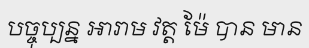
បច្ចុប្បន្ន អារាម វត្ត ម៉ែ បាន មាន